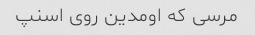
مرسی که اومدین روی اسنپ